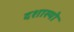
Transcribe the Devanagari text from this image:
दशास्यो